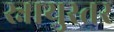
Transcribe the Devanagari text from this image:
स्नायुस्तर